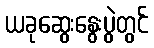
ယခုဆွေးနွေးပွဲတွင်